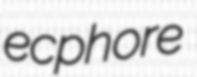
ecphore